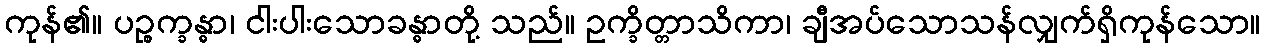
ကုန်၏။ ပဉ္စက္ခန္ဓာ၊ ငါးပါးသောခန္ဓာတို့ သည်။ ဥက္ခိတ္တာသိကာ၊ ချီအပ်သောသန်လျှက်ရှိကုန်သော။